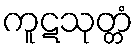
ကူဋသုတ္တံ